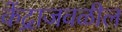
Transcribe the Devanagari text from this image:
केंद्राजवळील